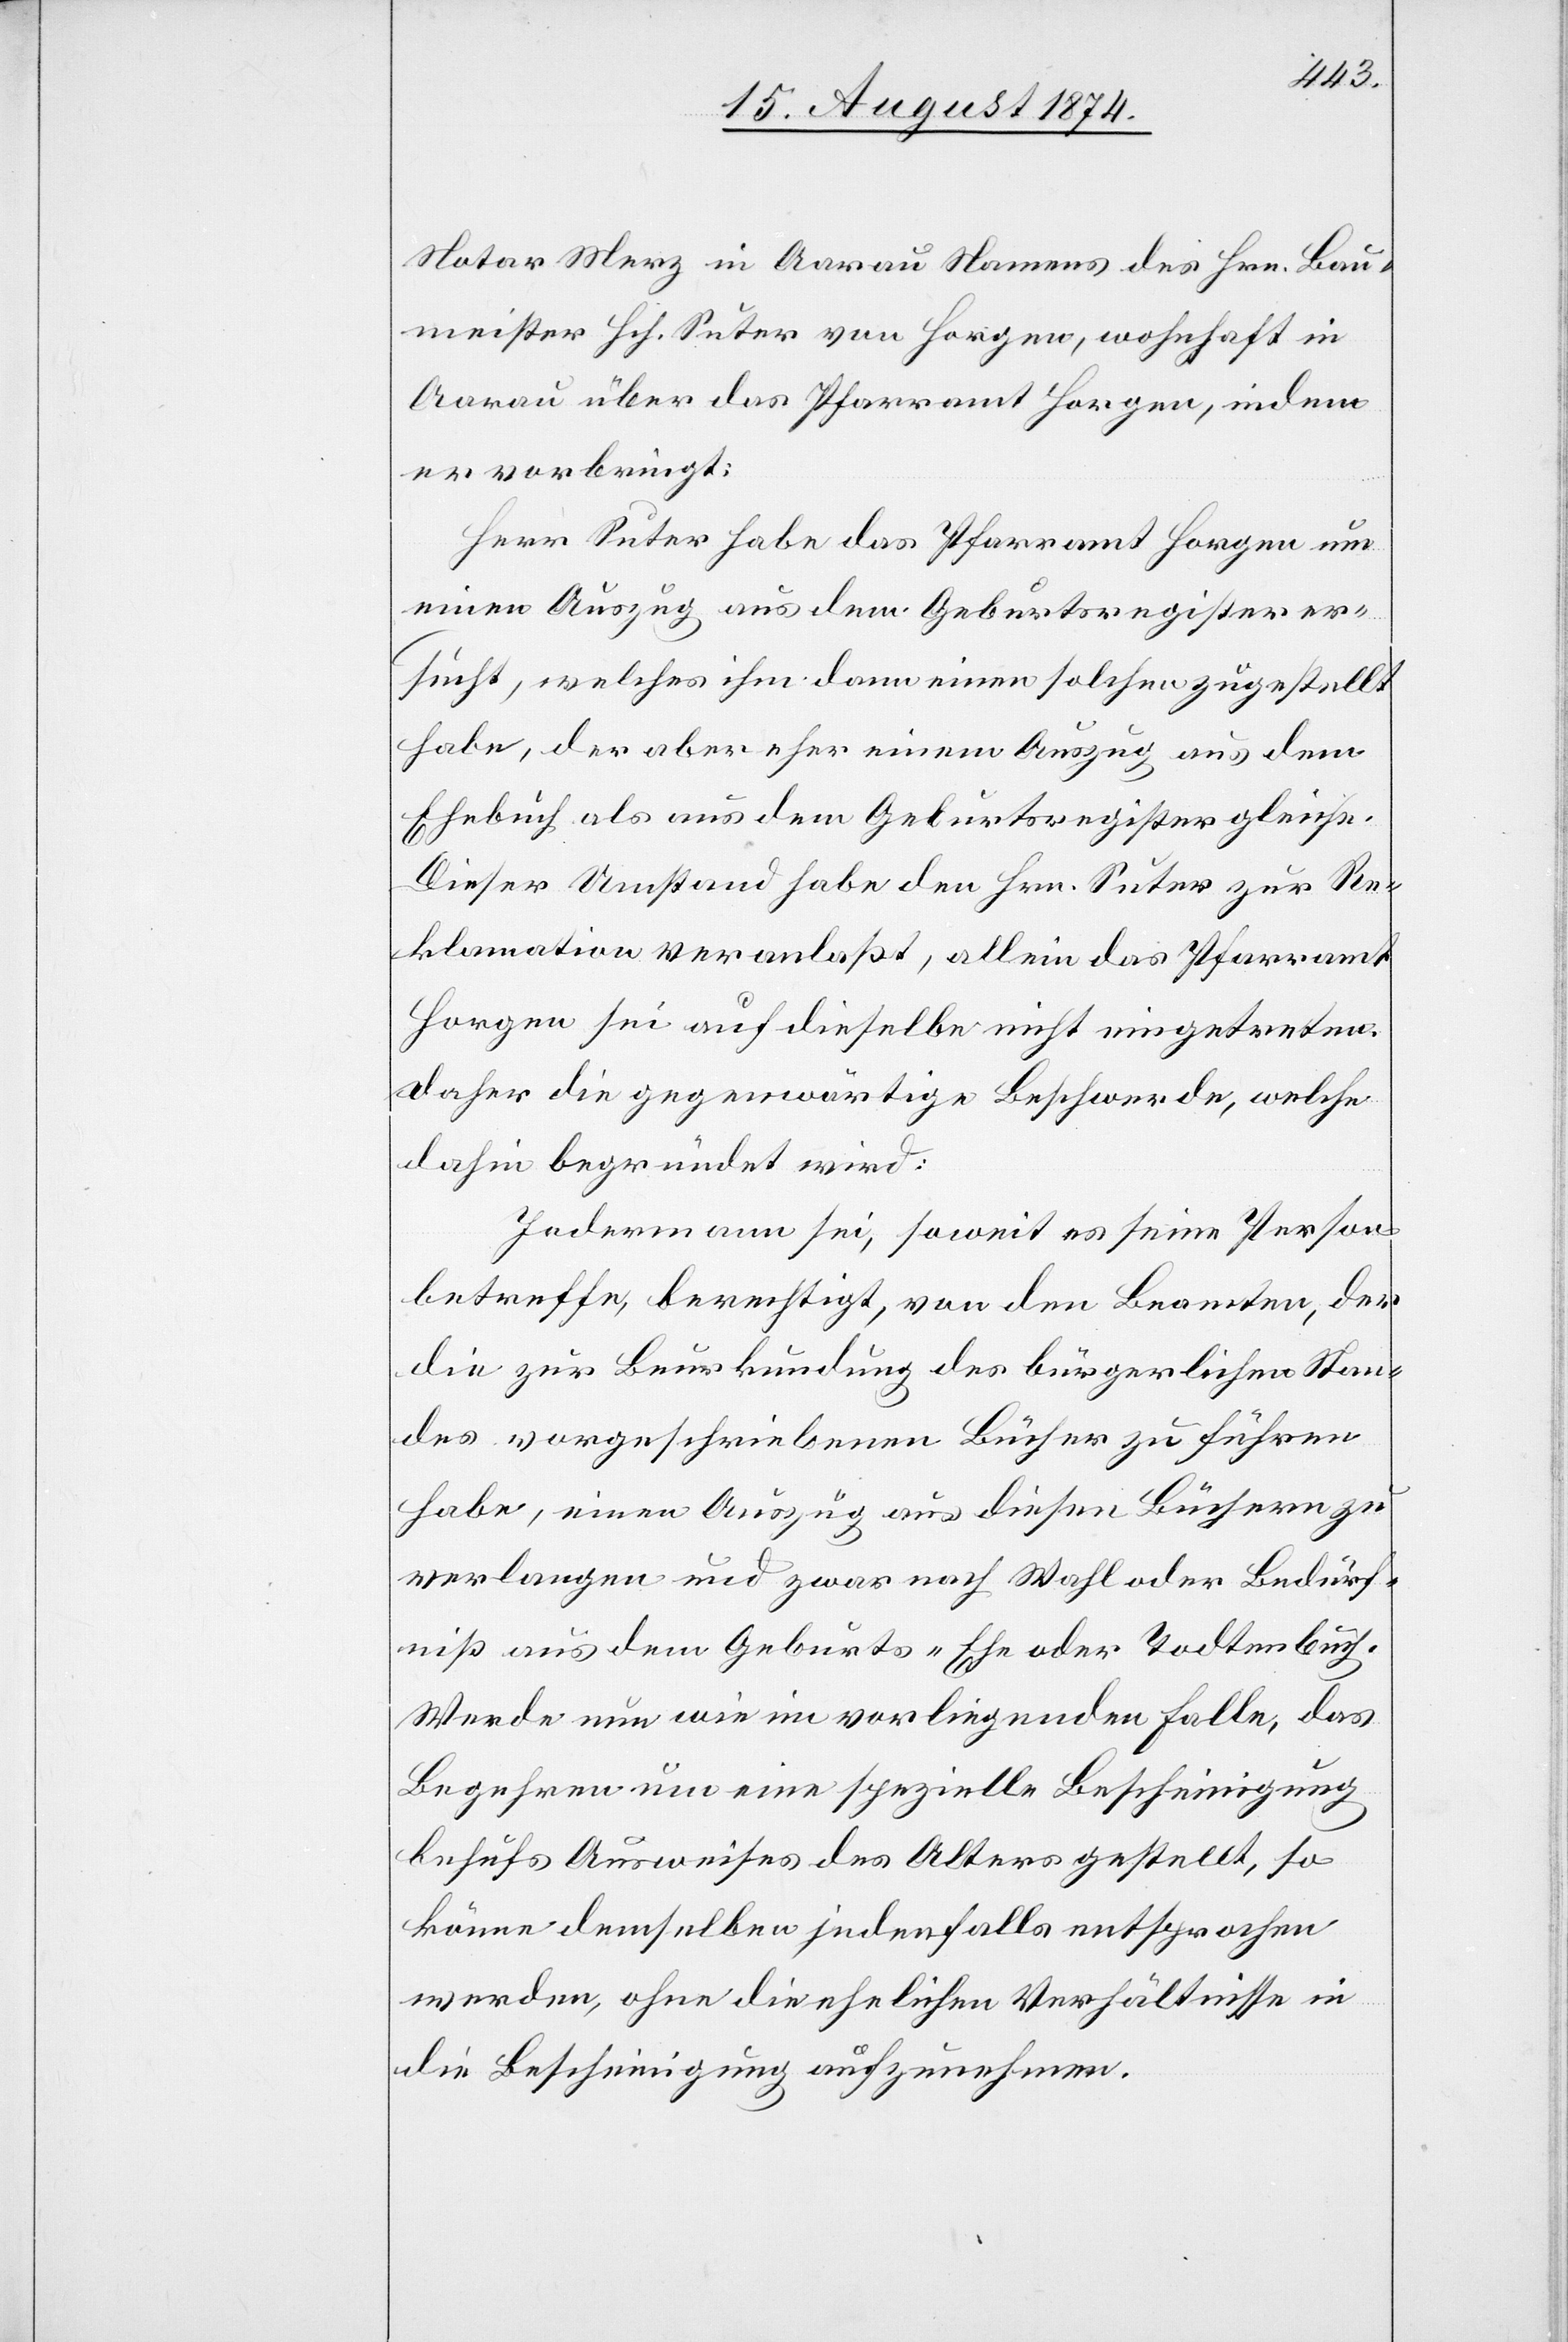
Notar Merz in Aarau Namens des Hrn. Bau¬
meister Hch. Suter von Horgen, wohnhaft in
Aarau über das Pfarramt Horgen, indem
er vorbringt:
Herr Suter habe das Pfarramt Horgen um
einen Auszug aus dem Geburtsregister er¬
sucht, welches ihm dann einen solchen zugestellt
habe, der aber eher einem Auszug aus dem
Ehebuch als aus dem Geburtsregister gleiche.
Dieser Umstand habe den Hrn. Suter zur Re¬
klamation veranlaßt, allein das Pfarramt
Horgen sei auf dieselbe nicht eingetreten.
Daher die gegenwärtige Beschwerde, welche
dahin begründet wird:
Jedermann sei, soweit es seine Person
betreffe, berechtigt, von dem Beamten, der
die zur Beurkundung des bürgerlichen Stan¬
des vorgeschriebenen Bücher zu führen
habe, einen Auszug aus diesen Büchern zu
verlangen und zwar nach Wahl oder Bedürf¬
niß aus dem Geburts-[,] Ehe[-] oder Todtenbuch.
Werde nun wie im vorliegenden Falle, das
Begehren um eine spezielle Bescheinigung
behufs Ausweises des Alters gestellt, so
könne demselben jedenfalls entsprochen
werden, ohne die ehelichen Verhältnisse in
die Bescheinigung aufzunehmen.